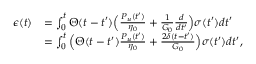
\begin{array} { r l } { { \epsilon } ( t ) } & { = \int _ { 0 } ^ { t } \Theta ( t - t ^ { \prime } ) \Big ( \frac { P _ { u } ( t ^ { \prime } ) } { \eta _ { 0 } } + \frac { 1 } { G _ { 0 } } \frac { d } { d t ^ { \prime } } \Big ) \sigma ( t ^ { \prime } ) d t ^ { \prime } } \\ & { = \int _ { 0 } ^ { t } \Big ( \Theta ( t - t ^ { \prime } ) \frac { P _ { u } ( t ^ { \prime } ) } { \eta _ { 0 } } + \frac { 2 \delta ( t - t ^ { \prime } ) } { G _ { 0 } } \Big ) \sigma ( t ^ { \prime } ) d t ^ { \prime } , } \end{array}